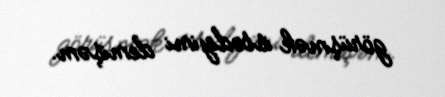
görüşmək istədiyimi demişəm.